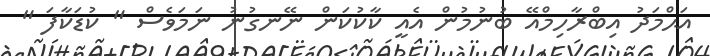
އަޙްމަދު އިބްރާހިމްއޭ ބުނުމުން އެއީ ކާކުކަން ނޭނގުނު ނަމަވެސް " ކުޑަކާފަ "